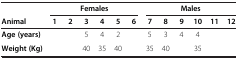
<table><thead><tr><td>[EMPTY_CELL]</td><td colspan="6"><b>Females</b></td><td colspan="6"><b>Males</b></td></tr><tr><td><b>Animal</b></td><td><b>1</b></td><td><b>2</b></td><td><b>3</b></td><td><b>4</b></td><td><b>5</b></td><td><b>6</b></td><td><b>7</b></td><td><b>8</b></td><td><b>9</b></td><td><b>10</b></td><td><b>11</b></td><td><b>12</b></td></tr></thead><tbody><tr><td><b>Age (years)</b></td><td>[EMPTY_CELL]</td><td>[EMPTY_CELL]</td><td>5</td><td>4</td><td>2</td><td>[EMPTY_CELL]</td><td>5</td><td>3</td><td>4</td><td>4</td><td>[EMPTY_CELL]</td><td>[EMPTY_CELL]</td></tr><tr><td><b>Weight (Kg)</b></td><td>[EMPTY_CELL]</td><td>[EMPTY_CELL]</td><td>40</td><td>35</td><td>40</td><td>[EMPTY_CELL]</td><td>35</td><td>40</td><td>[EMPTY_CELL]</td><td>35</td><td>[EMPTY_CELL]</td><td>[EMPTY_CELL]</td></tr></tbody></table>